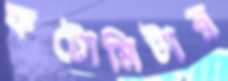
ফটোমিটার